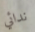
ندائي